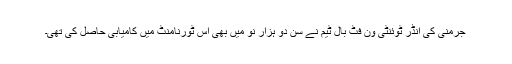
جرمنی کی انڈر ٹوئنٹی ون فٹ بال ٹیم نے سن دو ہزار نو میں بھی اس ٹورنامنٹ میں کامیابی حاصل کی تھی۔